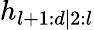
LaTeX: h_{l+1:d|2:l}